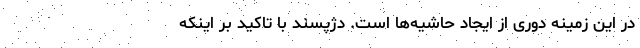
در این زمینه دوری از ایجاد حاشیه‌ها است. دژپسند با تاکید بر اینکه